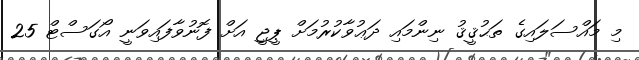
މި މައްސަލައިގެ ތަޙުޤީޤު ނިންމައި ދަޢުވާކުރުމަށް ޕީޖީ އަށް ފޮނުވާފައިވަނީ އޯގަސްޓް 25